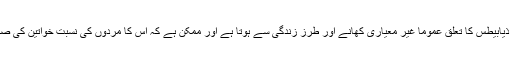
مثال کے طور پر ٹائپ ٹو ذیابیطس کا تعلق عموماً غیر معیاری کھانے اور طرز زندگی سے ہوتا ہے اور ممکن ہے کہ اس کا مردوں کی نسبت خواتین کی صحت پر مختلف اثر پڑتا ہو۔